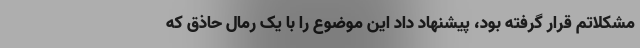
مشکلاتم قرار گرفته بود، پیشنهاد داد این موضوع را با یک رمال حاذق که